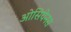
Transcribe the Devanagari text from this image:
ओसियेनस